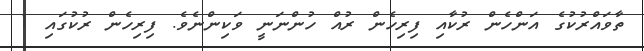
ތާވައްރުކުގެ އަންހެން ރުކާއި ފިރިހެން ރުއް ހުންނަނީ ވަކިންނެވެ. ފިރިހެން ރުކުގައި 1